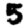
Digit: 5